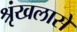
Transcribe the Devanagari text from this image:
श्रृंखलासे